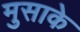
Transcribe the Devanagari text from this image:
मुसाके